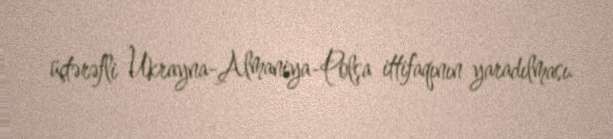
üçtərəfli Ukrayna-Almaniya-Polşa ittifaqının yaradılması.